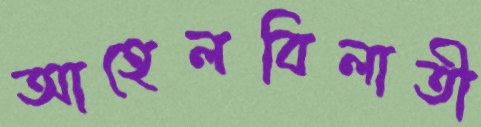
আহেলবিলাতী